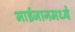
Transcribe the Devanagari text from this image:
भाईजानमध्ये